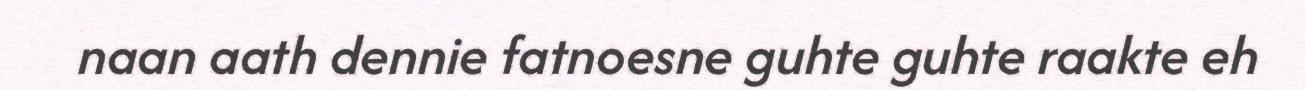
naan aath dennie fatnoesne guhte guhte raakte eh